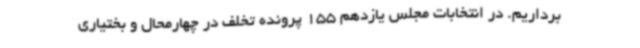
برداریم. در انتخابات مجلس یازدهم 155 پرونده تخلف در چهارمحال و بختیاری